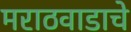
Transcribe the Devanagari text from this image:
मराठवाडाचे